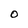
Character: 0